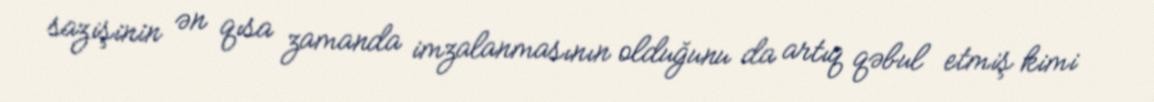
sazişinin ən qısa zamanda imzalanmasının olduğunu da artıq qəbul etmiş kimi